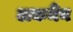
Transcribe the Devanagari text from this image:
अकर्मैन